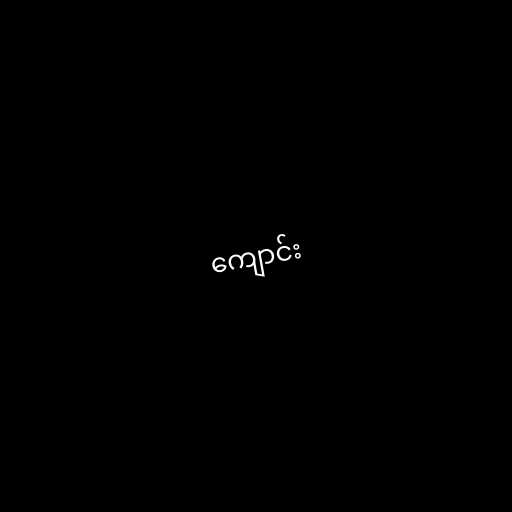
ကျောင်း